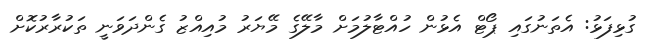
ގުޅިފަޅު: އެތަނުގައި ޕޯޓް އެޅުން ހުއްޓާލުމަށް މާލޭގެ މޭޔަރު މުއިއްޒު ގެންދަވަނީ ތަކުރާރުކޮށް